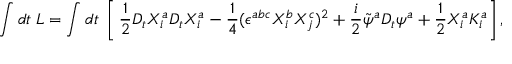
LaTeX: \int d t \; { \cal L } = \int d t \; \left[ \, \frac { 1 } { 2 } D _ { t } X _ { i } ^ { a } D _ { t } X _ { i } ^ { a } - \frac { 1 } { 4 } ( \epsilon ^ { a b c } X _ { i } ^ { b } X _ { j } ^ { c } ) ^ { 2 } + \frac { i } { 2 } \tilde { \psi } ^ { a } D _ { t } \psi ^ { a } + \frac { 1 } { 2 } X _ { i } ^ { a } K _ { i } ^ { a } \right] ,